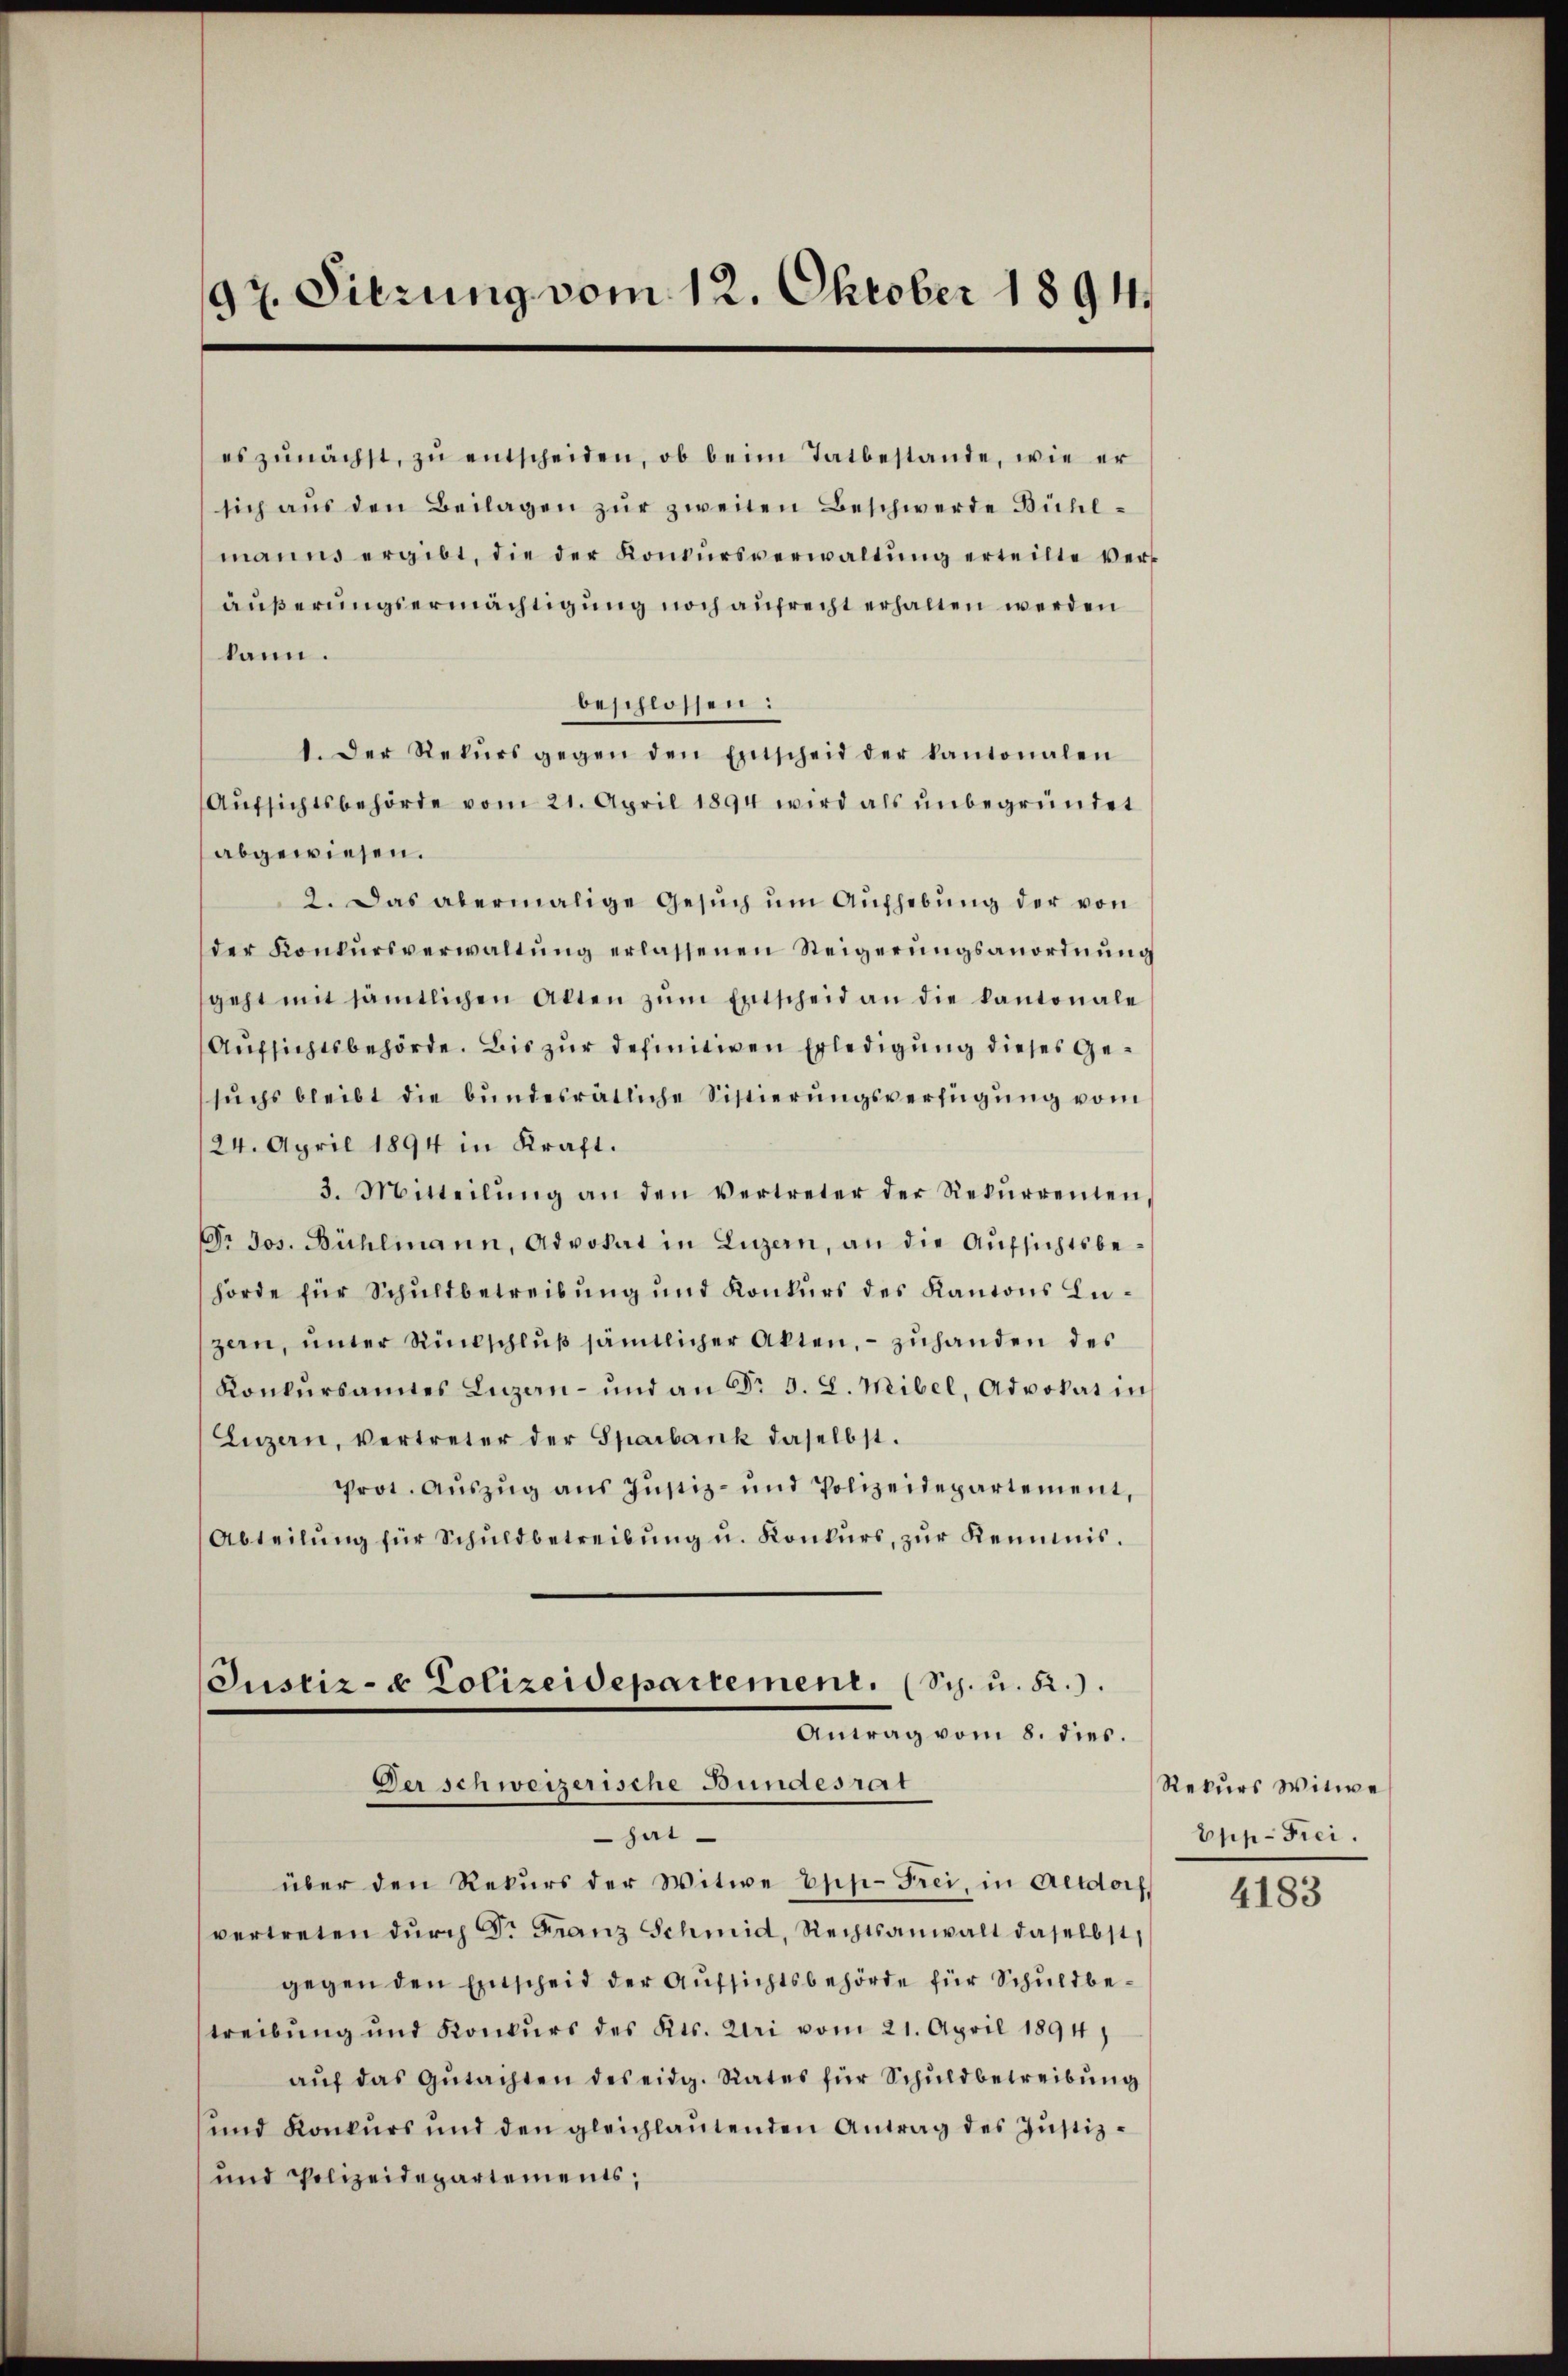
97. Sierung vom 12. Oktober 1894.

es zŭnächst, zŭ entscheiden, ob beim Tatbestande, wie er
sich aŭs den Beilagen zŭr zweiten Beschwerde Bühl-
manns ergibt, die der Konkŭrsverwaltŭng erteilte ver-
äußerungsermächtigung noch aufrecht erhalten werden
kann.
beschlossen:
1. Der Rekŭrs gegen den Entscheid der kantonalen
Aŭfsichtsbehörde vom 21. April 1894 wird als ŭnbegründet
abgewiesen.
2. Das abermalige Gesŭch ŭm Aŭfhebŭng der von
der Konkŭrsverwaltŭng erlassenen Steigerŭngsanordnŭng
geht mit sämtlichen Akten zŭm Entscheid an die kantonale
Aufsichtsbehörde. Bis zur definitiven Erledigung dieses Gesŭchs bleibt die bundesrätliche Sistierŭngsverfügung vom
24. April 1894 in Kraft.
3. Mitteilŭng an den Vertreter der Rekŭrrenten,
Dr. Jos. Bühlmann, Advokat in Luzern, an die Aŭfsichtsbehörde für Schuldbetreibung und Konkurs des Kantons Luzern, ŭnter Rückschlŭβ sämtlicher Akten, - zuhanden des
Konkŭrsamtes Luzern- und an Fr. 3. L. Mibel, Advokat in
Luzern, vertreter der Sparbank daselbst.
Prot. Aŭszŭg aŭs Jŭstiz- und Polizeidepartement,
Abteilŭng für Schŭldbetreibŭng u. Konkŭrs, zŭr Keimnis.
Justiz- & Polizeidepartement. (Sch. u. 52.)
Antrag vom 8. dies.
Der schweizerische Bundesrat
hat
über den Rekurs der Witwe Epp-Frei, in Altdorf
vertreten dŭrch Dr Franz Schmid, Rechtsanwalt daselbst,
gegen den Einscheid der Aufsichtsbehörde für Schuldbestreibung und Konkurs des Kts. Uri vom 21. April 1894)
aŭf das Gŭtachten des eidg. Rates für Schuldbetreibung
und Konkurs und den gleichlaŭtenden Antrag des Justiz-
und Polizeidepartements;

Rekurs Witwe
Epp. Frei.

4183